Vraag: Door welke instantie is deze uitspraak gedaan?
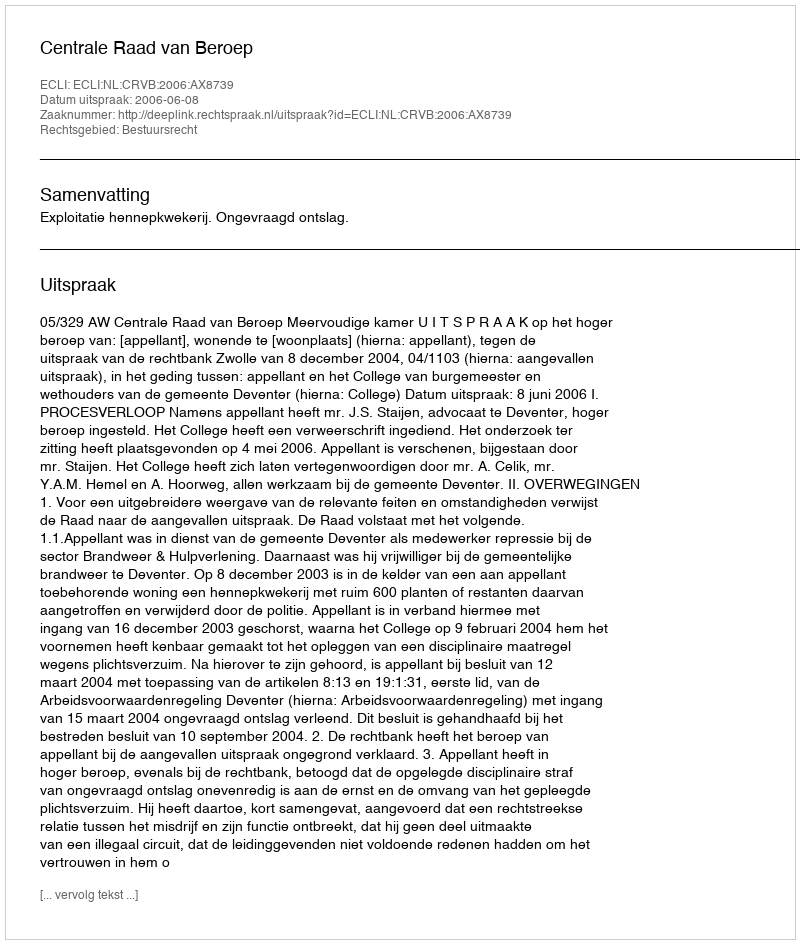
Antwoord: Centrale Raad van Beroep